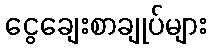
ငွေချေးစာချုပ်များ